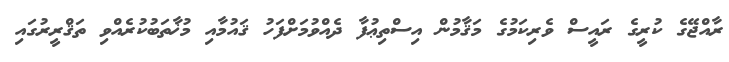
ރާއްޖޭގެ ކުރީގެ ރައީސް ވެރިކަމުގެ މަޤާމުން އިސްތިޢުފާ ދެއްވުމަށްފަހު ޤައުމާއި މުޚާތަބުކުރެއްވި ތަޤްރީރުގައި